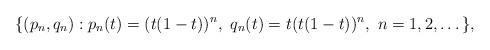
LaTeX: \begin{align*}\lbrace(p_n, q_n): p_n(t)=(t(1-t))^n, \ q_n(t) = t(t(1-t))^n, \ n = 1, 2, \dots\rbrace,\end{align*}